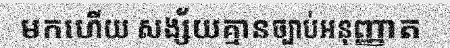
មកហើយ សង្ស័យគ្មានច្បាប់អនុញ្ញាត